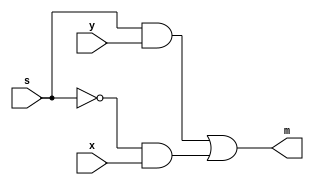
module mux2to1(x, y, s, m);
    input x; //selected when s is 0
    input y; //selected when s is 1
    input s; //select signal
    output m; 
  
    assign m = s & y | ~s & x;


endmodule // mux2to1